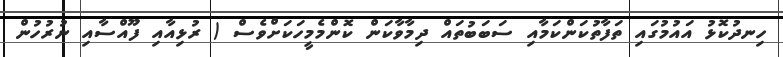
ހިނދުކޮޅު އައުމުގައި ތަފާތުކަންކަމާއި ސަބަބުތައް ދިމާވާކަން ކޮންމެމީހަކަށްވެސް ( ރުޅިއާއި ފޫއްސާއި ނުރުހުން